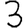
Digit: 3